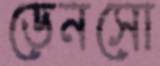
ডেনসো